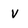
Character: v